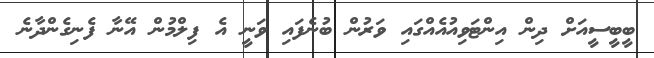
ބީބީސީއަށް ދިން އިންޓަވިއުއެއްގައި ވަރުން ބުނެފައި ވަނީ އެ ފިލްމުން އޭނާ ފެނިގެންދާނެ